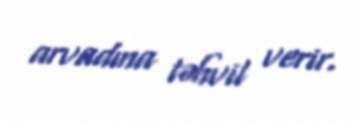
arvadına təhvil verir.